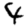
Digit: 4